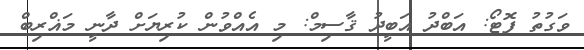
ވަގުތު ފޮޓޯ: އަބްދު އަބީދު ޤާސިމް: މި އެއްވުން ކުރިޔަށް ދާނީ މަޣްރިބް